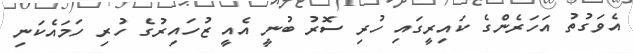
އެވަގުތު އަހަރެންގެ ކައިރީގައި ހުރި ސޮރު ބުނީ އެއީ ޒުހައިރުގެ ހުރި ހަމައެކަނި